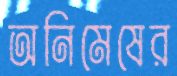
অনিমেষের